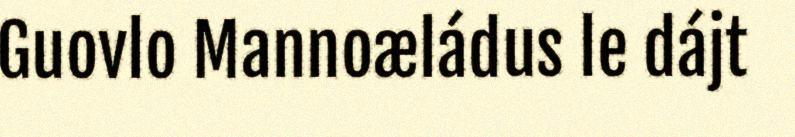
Guovlo Mannoæládus le dájt